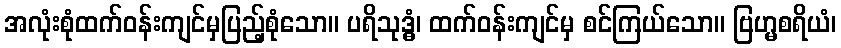
အလုံးစုံထက်ဝန်းကျင်မှပြည့်စုံသော။ ပရိသုဒ္ဓံ၊ ထက်ဝန်းကျင်မှ စင်ကြယ်သော။ ဗြဟ္မစရိယံ၊